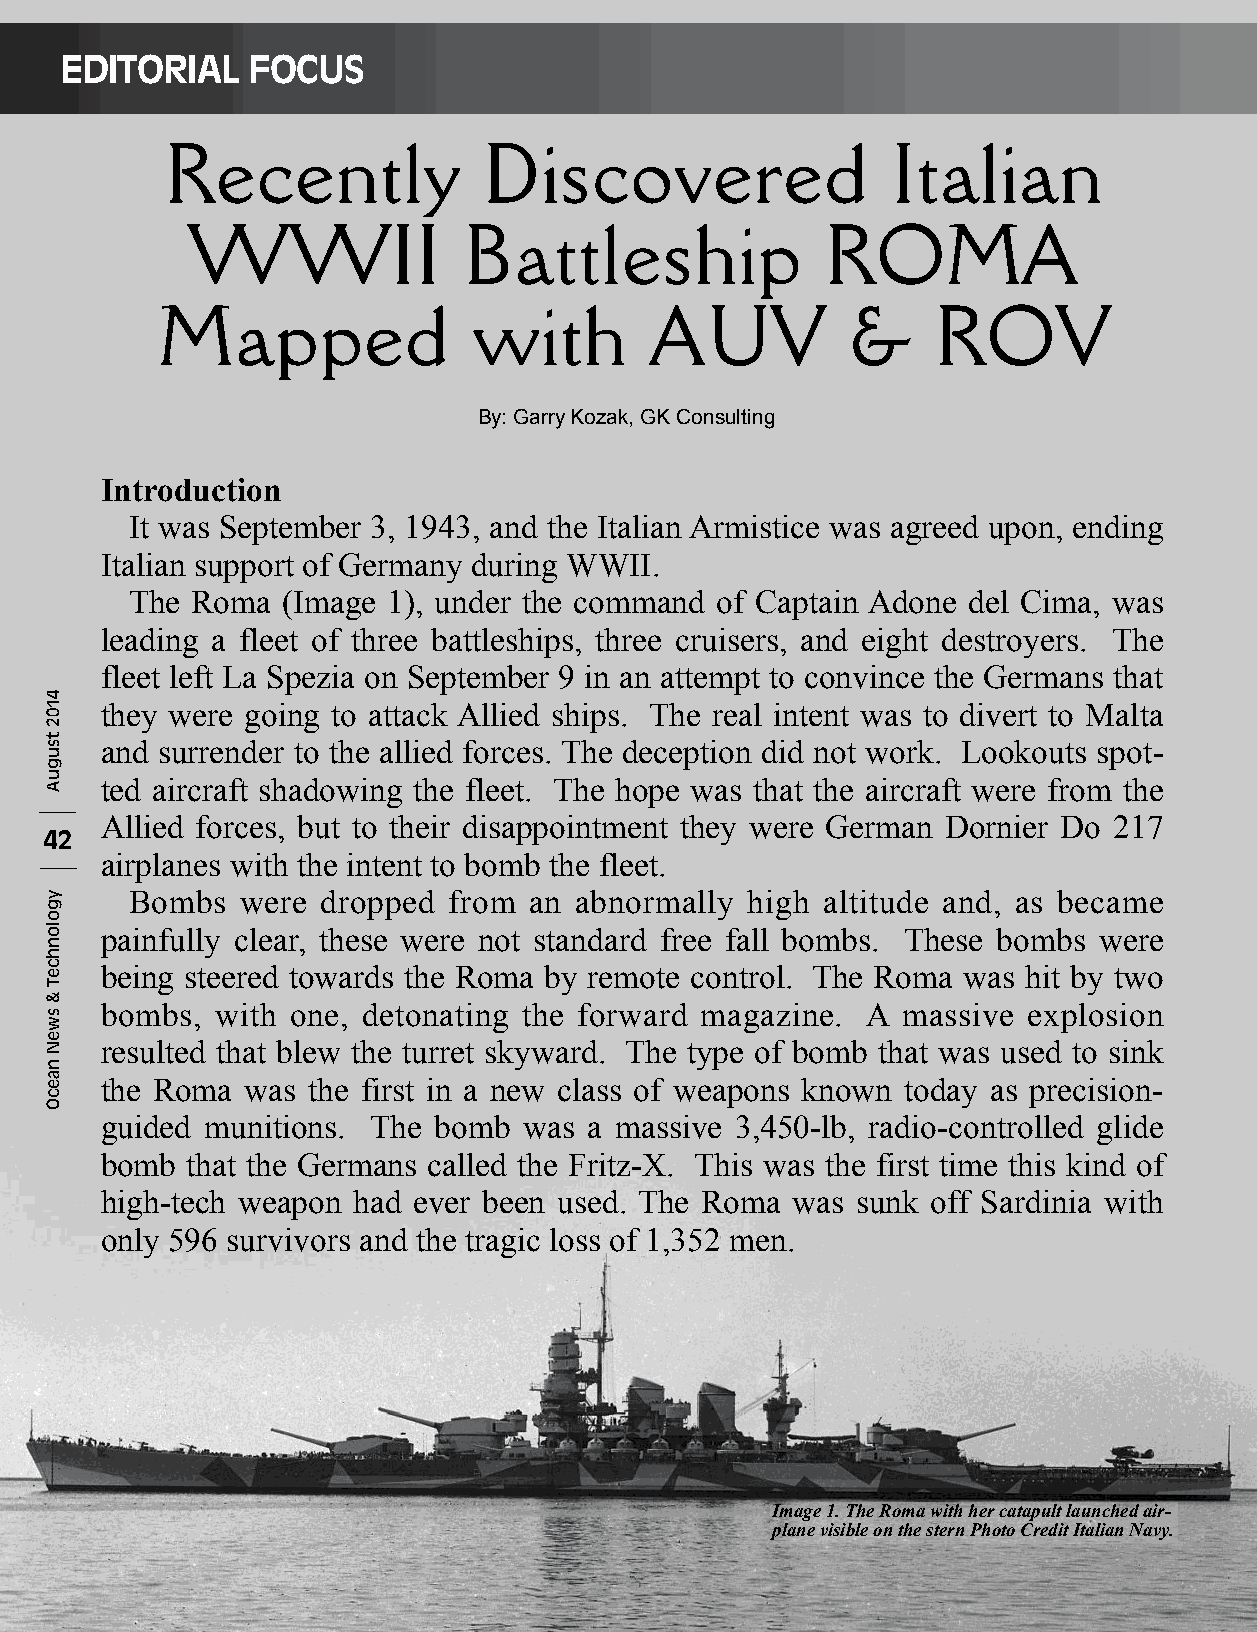
EDITORIAL   FOCUS
 By: Garry Kozak, GK Consulting
 Introduction
 It was September 3, 1943, and the Italian Armistice was agreed upon, ending
 Italian support of Germany during WWII.
 The Roma  (Image 1), under the command of Captain Adone del Cima, was
 leading a fleet of three battleships, three cruisers, and eight destroyers. The
 fleet left La Spezia on September 9 in an attempt to convince the Germans that
 they were going to attack Allied ships. The real intent was to divert to Malta
 and surrender to the allied forces. The deception did not work. Lookouts spot-
 ted aircraft shadowing the fleet. The hope was that the aircraft were from the
 Allied forces, but to their disappointment they were German Dornier Do 217
 42
 airplanes with the intent to bomb the fleet.
 Bombs  were dropped  from an abnormally  high altitude and, as became
 painfully clear, these were not standard free fall bombs. These bombs were
 being steered towards the Roma by remote control. The Roma was hit by two
 bombs, with one, detonating the forward magazine. A  massive explosion
 resulted that blew the turret skyward. The type of bomb that was used to sink
 the Roma was the first in a new class of weapons known today as precision-
 guided munitions. The bomb  was a massive 3,450-lb, radio-controlled glide
 bomb that the Germans called the Fritz-X. This was the first time this kind of
 high-tech weapon had ever been used. The Roma was sunk off Sardinia with
 only 596 survivors and the tragic loss of 1,352 men.
 Image 1. The Roma with her catapult launched air-
 plane visible on the stern Photo Credit Italian Navy.
 4102
 tsuguA
 ygolonhceT
 &
 sweN
 naecO